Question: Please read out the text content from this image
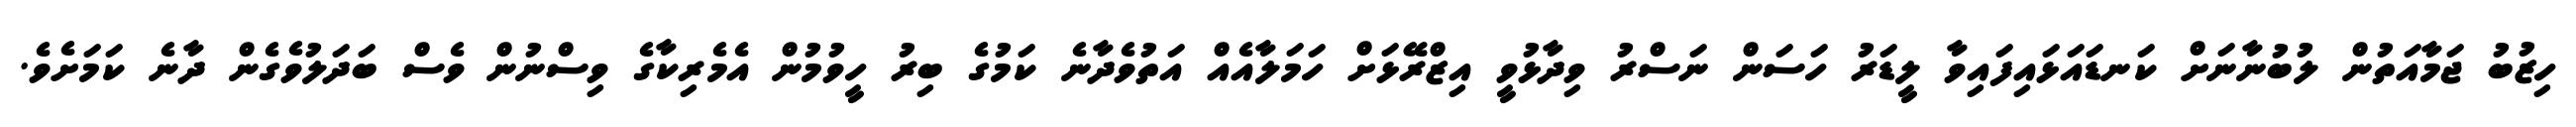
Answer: ހިޒުބު ޖަމާއަތުން ލުބުނާނަށް ކަނޑައަޅައިފައިވާ ލީޑަރު ހަސަން ނަސްރު ވިދާޅުވީ އިޒްރޭޅަށް ހަމަލާއެއް އަތުވެދާނެ ކަމުގެ ބިރު ހީވުމުން އެމެރިކާގެ ވިސްނުން ވެސް ބަދަލުވެގެން ދާނެ ކަމަށެވެ.